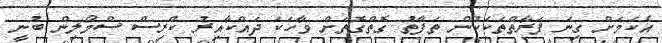
އެކަމަށް ގިނަ ފަރާތްތަކަކުން ތަފާތު ގޮތްގޮތަށް ވާހަކަ ދައްކާއިރު ކްރިސް ސްމޯލިން ބުނީ